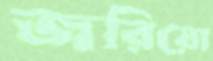
জরিয়ো